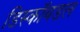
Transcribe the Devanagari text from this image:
डिस्कॉयडल